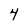
Character: 4